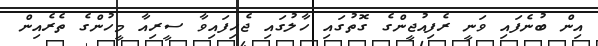
އިން ބުނެފައި ވަނީ ރެފިއުޖީންގެ ގޮތުގައި ހާލުގައި ޖެހިފައިވާ ސީރިއާ މީހުންގެ ތެރެއިން